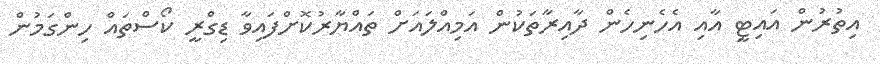
އިތުރުން އައިޓީ އާއި އެހެނިހެން ދާއިރާތަކުން އަމިއްލައަށް ތައްޔާރުކޮށްފައިވާ ޑިގްރީ ކޯސްތައް ހިންގަމުން